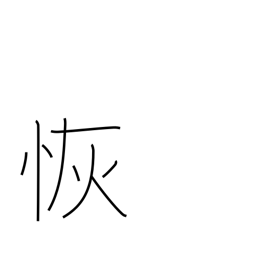
Meaning: wide